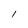
Character: l